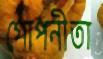
গোপনীতা